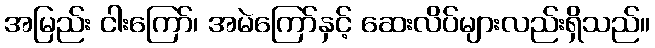
အမြည်း ငါးကြော်၊ အမဲကြော်နှင့် ဆေးလိပ်များလည်းရှိသည်။